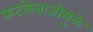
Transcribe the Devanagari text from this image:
फटकेबाजीमुळे